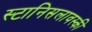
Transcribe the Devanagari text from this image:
स्टानिसलावस्की